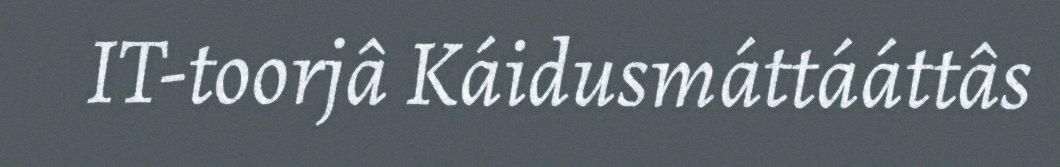
IT-toorjâ Káidusmáttááttâs